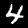
Digit: 4